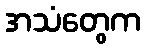
အသံတွေက